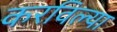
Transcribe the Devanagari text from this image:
करविल्या